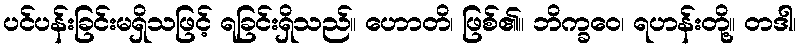
ပင်ပန်းခြင်းမရှိသဖြင့် ရခြင်းရှိသည်။ ဟောတိ၊ ဖြစ်၏။ ဘိက္ခဝေ၊ ရဟန်းတို့။ တဒါ၊